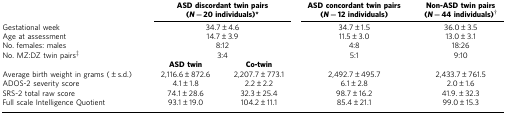
|  | <COLSPAN=2> ASD discordant twin pairs (N=20 individuals)* | ASD concordant twin pairs (N=12 individuals) | Non-ASD twin pairs (N=44 individuals)† |
 | --- | --- | --- | --- | --- |
 | Gestational week | <COLSPAN=2> 34.7±4.6 | 34.7±1.5 | 36.0±3.5 |
 | Age at assessment | <COLSPAN=2> 14.7±3.9 | 11.5±3.0 | 13.0±3.1 |
 | No. females: males | <COLSPAN=2> 8:12 | 4:8 | 18:26 |
 | No. MZ:DZ twin pairs‡ | <COLSPAN=2> 3:4 | 5:1 | 9:10 |
 |  | ASD twin | Co-twin |  |  |
 | Average birth weight in grams (±s.d.) | 2,116.6±872.6 | 2,207.7±773.1 | 2,492.7±495.7 | 2,433.7±761.5 |
 | ADOS-2 severity score | 4.1±1.8 | 2.2±2.2 | 6.1±2.8 | 2.0±1.6 |
 | SRS-2 total raw score | 74.1±28.6 | 32.3±25.4 | 98.7±16.2 | 41.9.±32.3 |
 | Full scale Intelligence Quotient | 93.1±19.0 | 104.2±11.1 | 85.4±21.1 | 99.0±15.3 |